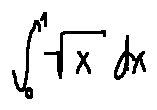
\int \limits _ { 0 } ^ { 1 } \sqrt { x } d x